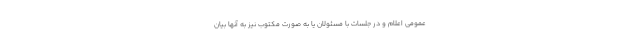
عمومی اعلام و در جلسات با مسئولان یا به صورت مکتوب نیز به آنها بیان